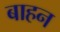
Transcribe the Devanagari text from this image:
बाहन